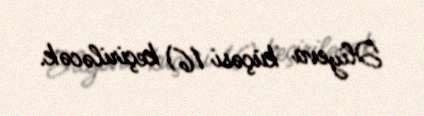
Əliyeva küçəsi 16) keçiriləcək.